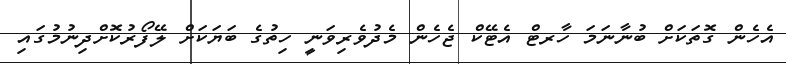
އެހެން ގޮތަކަށް ބުނާނަމަ ހާރޓް އެޓޭކް ޖެހެން މެދުވެރިވަނީ ހިތުގެ ބަޔަކަށް ލޭފޯރުކޮށްދިނުމުގައި